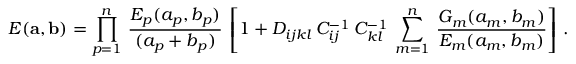
E ( { \bf a } , { \bf b } ) = \prod _ { p = 1 } ^ { n } \, { \frac { E _ { p } ( a _ { p } , b _ { p } ) } { ( a _ { p } + b _ { p } ) } } \, \left[ 1 + D _ { i j k l } \, C _ { i j } ^ { - 1 } \, C _ { k l } ^ { - 1 } \, \sum _ { m = 1 } ^ { n } \, { \frac { G _ { m } ( a _ { m } , b _ { m } ) } { E _ { m } ( a _ { m } , b _ { m } ) } } \right] \, .